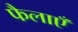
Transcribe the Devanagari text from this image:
फैलाएँ